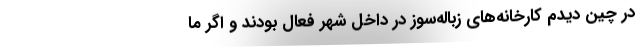
در چین دیدم کارخانه‌های زباله‌سوز در داخل شهر فعال بودند و اگر ما